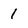
Character: 1